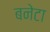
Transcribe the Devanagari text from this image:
बनेटा